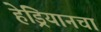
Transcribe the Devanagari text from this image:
हेड्रियानचा